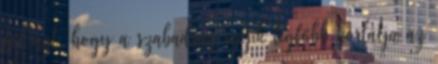
föl azt, hogy a szabadság egyik legfőbb korlátja az